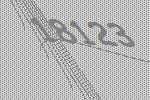
18123